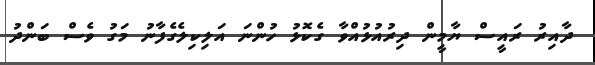
ދާއިރު ރައީސް ޔާމީން ދިރުއުޅުއްވާ ގެކޮޅު ހުންނަ އަލިކިލެގެފާނު މަގު ވެސް ބަންދު